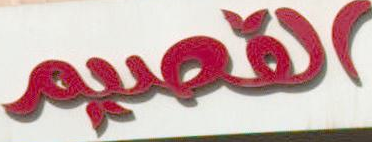
القصيم